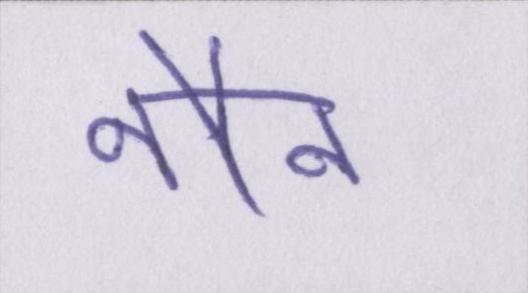
नौन